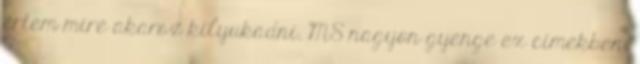
értem mire akarsz kilyukadni. MS nagyon gyenge ex címekben,